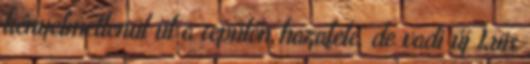
kényelmetlenül ül a repülőn hazafelé, de vadi új Luis